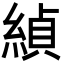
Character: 緽